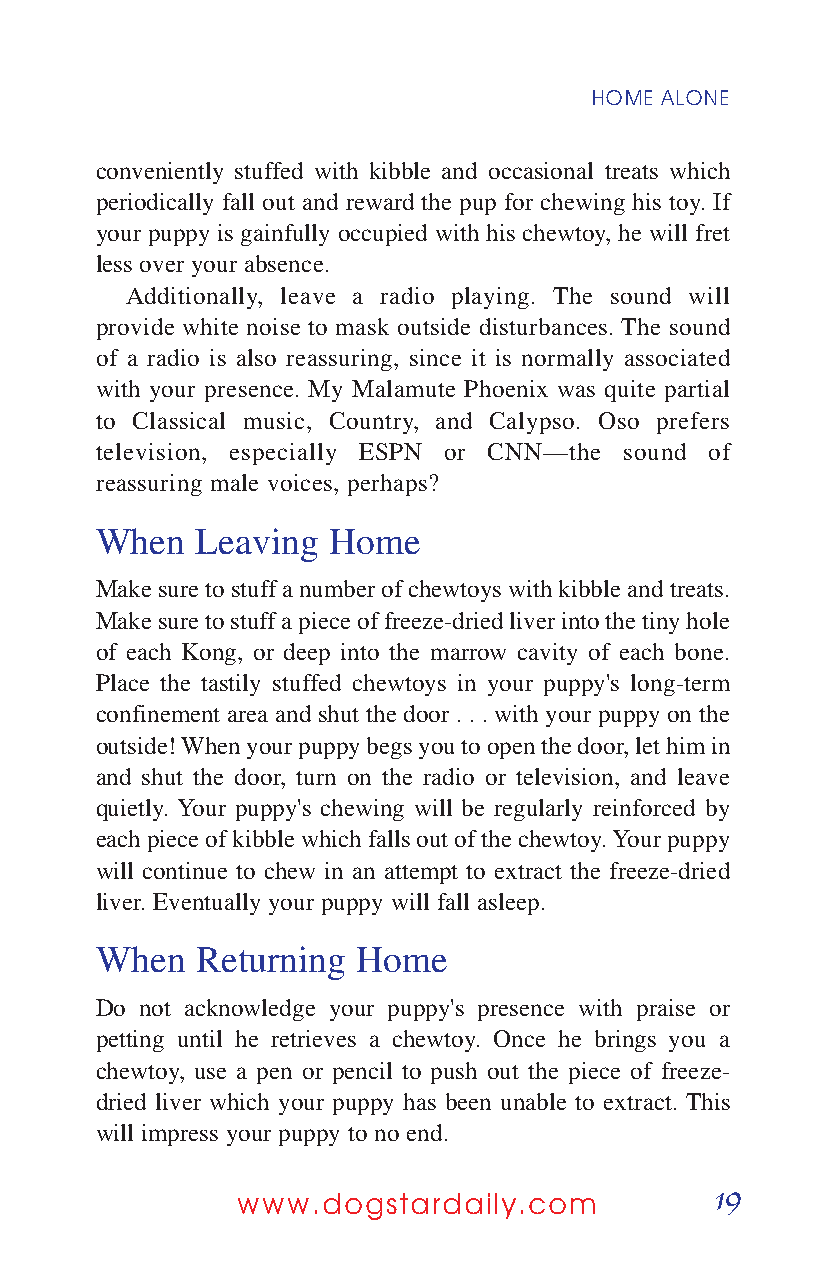
HOME ALONE
 conveniently stuffed with kibble and occasional treats which
 periodically fall out and reward the pup for chewing his toy. If
 your puppy is gainfully occupied with his chewtoy, he will fret
 less over your absence.
 Additionally, leave a radio playing. The sound will
 provide white noise to mask outside disturbances. The sound
 of a radio is also reassuring, since it is normally associated
 with your presence. My Malamute Phoenix was quite partial
 to Classical music, Country, and Calypso. Oso prefers
 television, especially ESPN or CNN—the sound of
 reassuring male voices, perhaps?
 When   Leaving  Home
 Make sure to stuff a number of chewtoys with kibble and treats.
 Make sure to stuff a piece of freeze-dried liver into the tiny hole
 of each Kong, or deep into the marrow cavity of each bone.
 Place the tastily stuffed chewtoys in your puppy's long-term
 confinement area and shut the door . . . with your puppy on the
 outside! When your puppy begs you to open the door, let him in
 and shut the door, turn on the radio or television, and leave
 quietly. Your puppy's chewing will be regularly reinforced by
 each piece of kibble which falls out of the chewtoy. Your puppy
 will continue to chew in an attempt to extract the freeze-dried
 liver. Eventually your puppy will fall asleep.
 When   Returning  Home
 Do not acknowledge your puppy's presence with praise or
 petting until he retrieves a chewtoy. Once he brings you a
 chewtoy, use a pen or pencil to push out the piece of freeze-
 dried liver which your puppy has been unable to extract. This
 will impress your puppy to no end.
 19
 www.dogstardaily.com